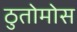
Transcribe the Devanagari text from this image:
ठुतोमोस